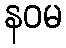
နဝမ